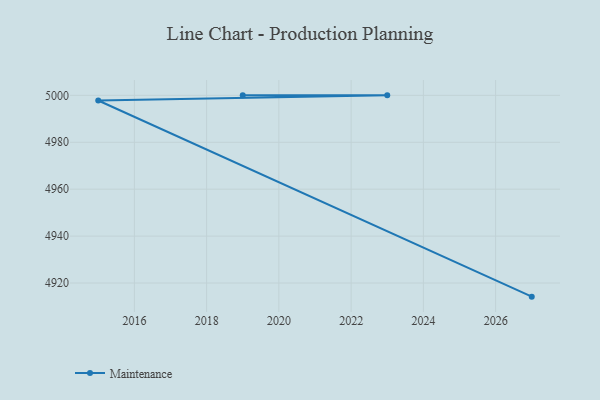
{"axis": {"x": "Year", "y": "Operating Costs (USD K)"}, "legend": ["Maintenance"], "data": [{"x": "2027", "y": 4914.2, "type": "Maintenance"}, {"x": "2015", "y": 4997.8, "type": "Maintenance"}, {"x": "2023", "y": 5000, "type": "Maintenance"}, {"x": "2019", "y": 5000, "type": "Maintenance"}]}